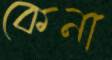
কেনা